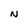
Character: N